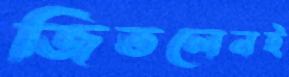
জিতলেনই